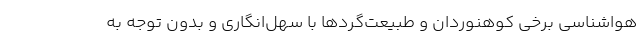
هواشناسی برخی کوهنوردان و طبیعت‌گردها با سهل‌انگاری و بدون توجه به